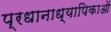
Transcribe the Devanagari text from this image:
प्रधानाध्यापिकाओं